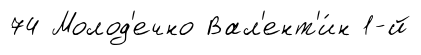
74 Молод'ечно Вал'ент'и́н 1-й